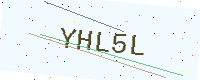
Text: YHL5L